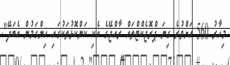
މިހާރު 560 އަށްވުރެ ގިނަ ޕްރޮޖެކްޓްތައް ރާއްޖޭގެ އެކި ކަންކޮޅުތަކުގައި ހިންގަމުން އެބަދޭ".